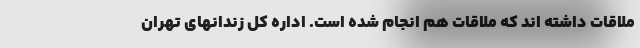
ملاقات داشته اند که ملاقات هم انجام شده است. اداره کل زندانهای تهران